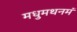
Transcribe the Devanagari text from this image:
मधुमथनमं